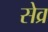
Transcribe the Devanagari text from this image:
सेव्र